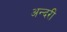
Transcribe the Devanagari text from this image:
अन्दरी